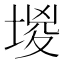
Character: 堫